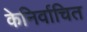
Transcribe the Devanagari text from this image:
केनिर्वाचित